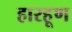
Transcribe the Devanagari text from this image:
हारहूण